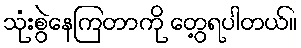
သုံးစွဲနေကြတာကို တွေ့ရပါတယ်။